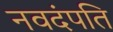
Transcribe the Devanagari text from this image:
नवदंपति